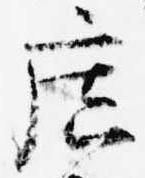
広